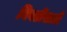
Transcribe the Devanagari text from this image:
निवडींसाठी